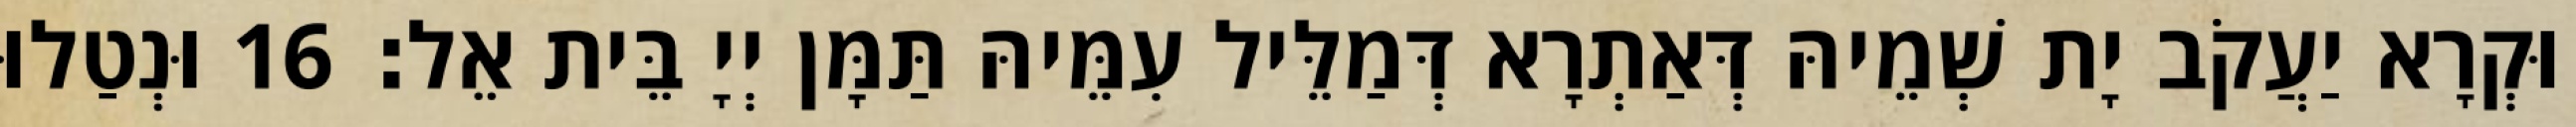
וּקְרָא יַעֲקֹב יָת שְׁמֵיהּ דְּאַתְרָא דְּמַלֵּיל עִמֵּיהּ תַּמָּן יְיָ בֵּית אֵל׃ 16 וּנְטַלוּ